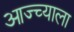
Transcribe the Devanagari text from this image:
आज्च्याला